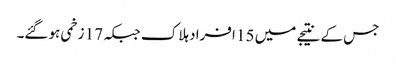
جس کے نتیجے میں 15 افراد ہلاک جبکہ 17 زخمی ہوگئے۔